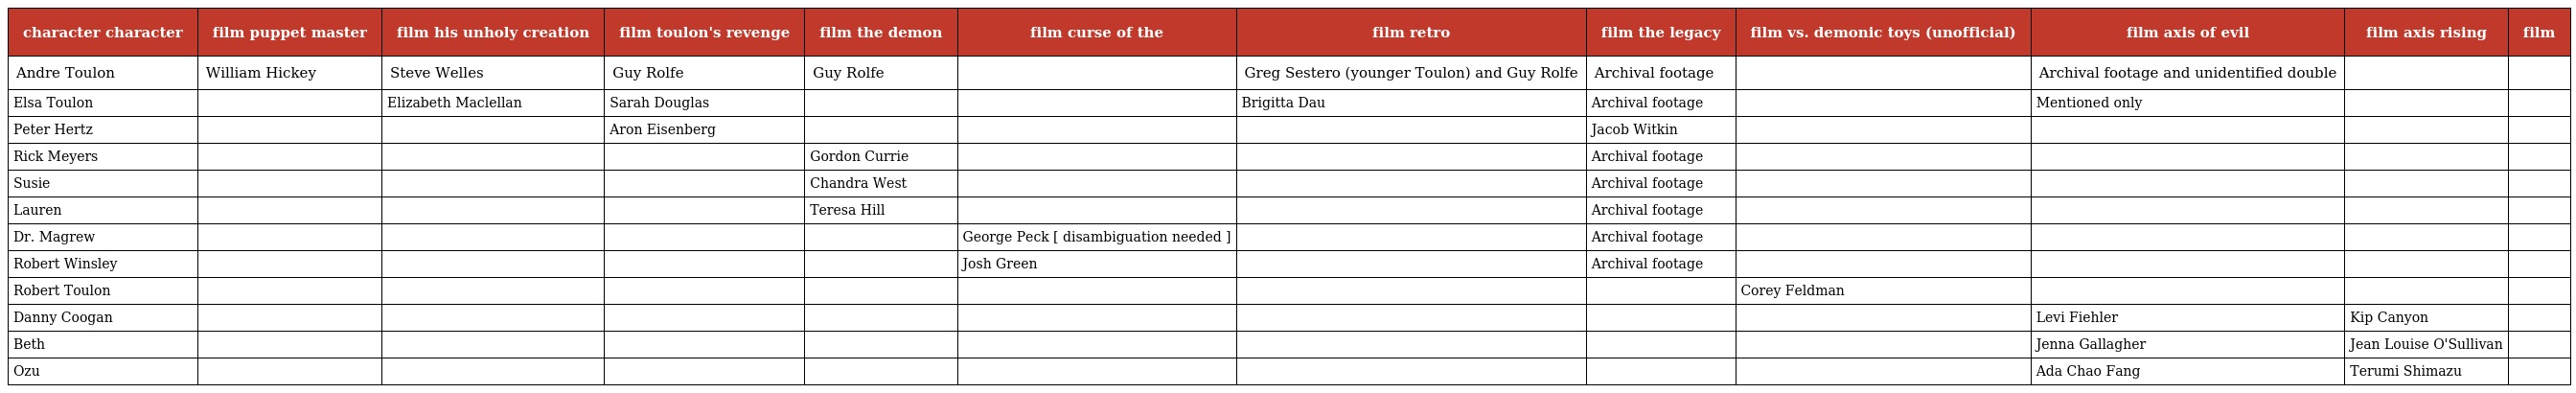
| character character | film puppet master | film his unholy creation | film toulon's revenge | film the demon | film curse of the | film retro | film the legacy | film vs. demonic toys (unofficial) | film axis of evil | film axis rising | film |
 | --- | --- | --- | --- | --- | --- | --- | --- | --- | --- | --- | --- |
 | Andre Toulon | William Hickey | Steve Welles | Guy Rolfe | Guy Rolfe |  | Greg Sestero (younger Toulon) and Guy Rolfe | Archival footage |  | Archival footage and unidentified double |  |  |
 | Elsa Toulon |  | Elizabeth Maclellan | Sarah Douglas |  |  | Brigitta Dau | Archival footage |  | Mentioned only |  |  |
 | Peter Hertz |  |  | Aron Eisenberg |  |  |  | Jacob Witkin |  |  |  |  |
 | Rick Meyers |  |  |  | Gordon Currie |  |  | Archival footage |  |  |  |  |
 | Susie |  |  |  | Chandra West |  |  | Archival footage |  |  |  |  |
 | Lauren |  |  |  | Teresa Hill |  |  | Archival footage |  |  |  |  |
 | Dr. Magrew |  |  |  |  | George Peck [ disambiguation needed ] |  | Archival footage |  |  |  |  |
 | Robert Winsley |  |  |  |  | Josh Green |  | Archival footage |  |  |  |  |
 | Robert Toulon |  |  |  |  |  |  |  | Corey Feldman |  |  |  |
 | Danny Coogan |  |  |  |  |  |  |  |  | Levi Fiehler | Kip Canyon |  |
 | Beth |  |  |  |  |  |  |  |  | Jenna Gallagher | Jean Louise O'Sullivan |  |
 | Ozu |  |  |  |  |  |  |  |  | Ada Chao Fang | Terumi Shimazu |  |